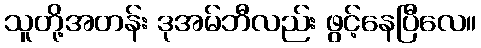
သူတို့အတန်း ဒုအမ်ဘီလည်း ဖွင့်နေပြီလေ။